65_HS1-834228961_62-HQ-83894_Section_4
Agency: FBI
Page 149
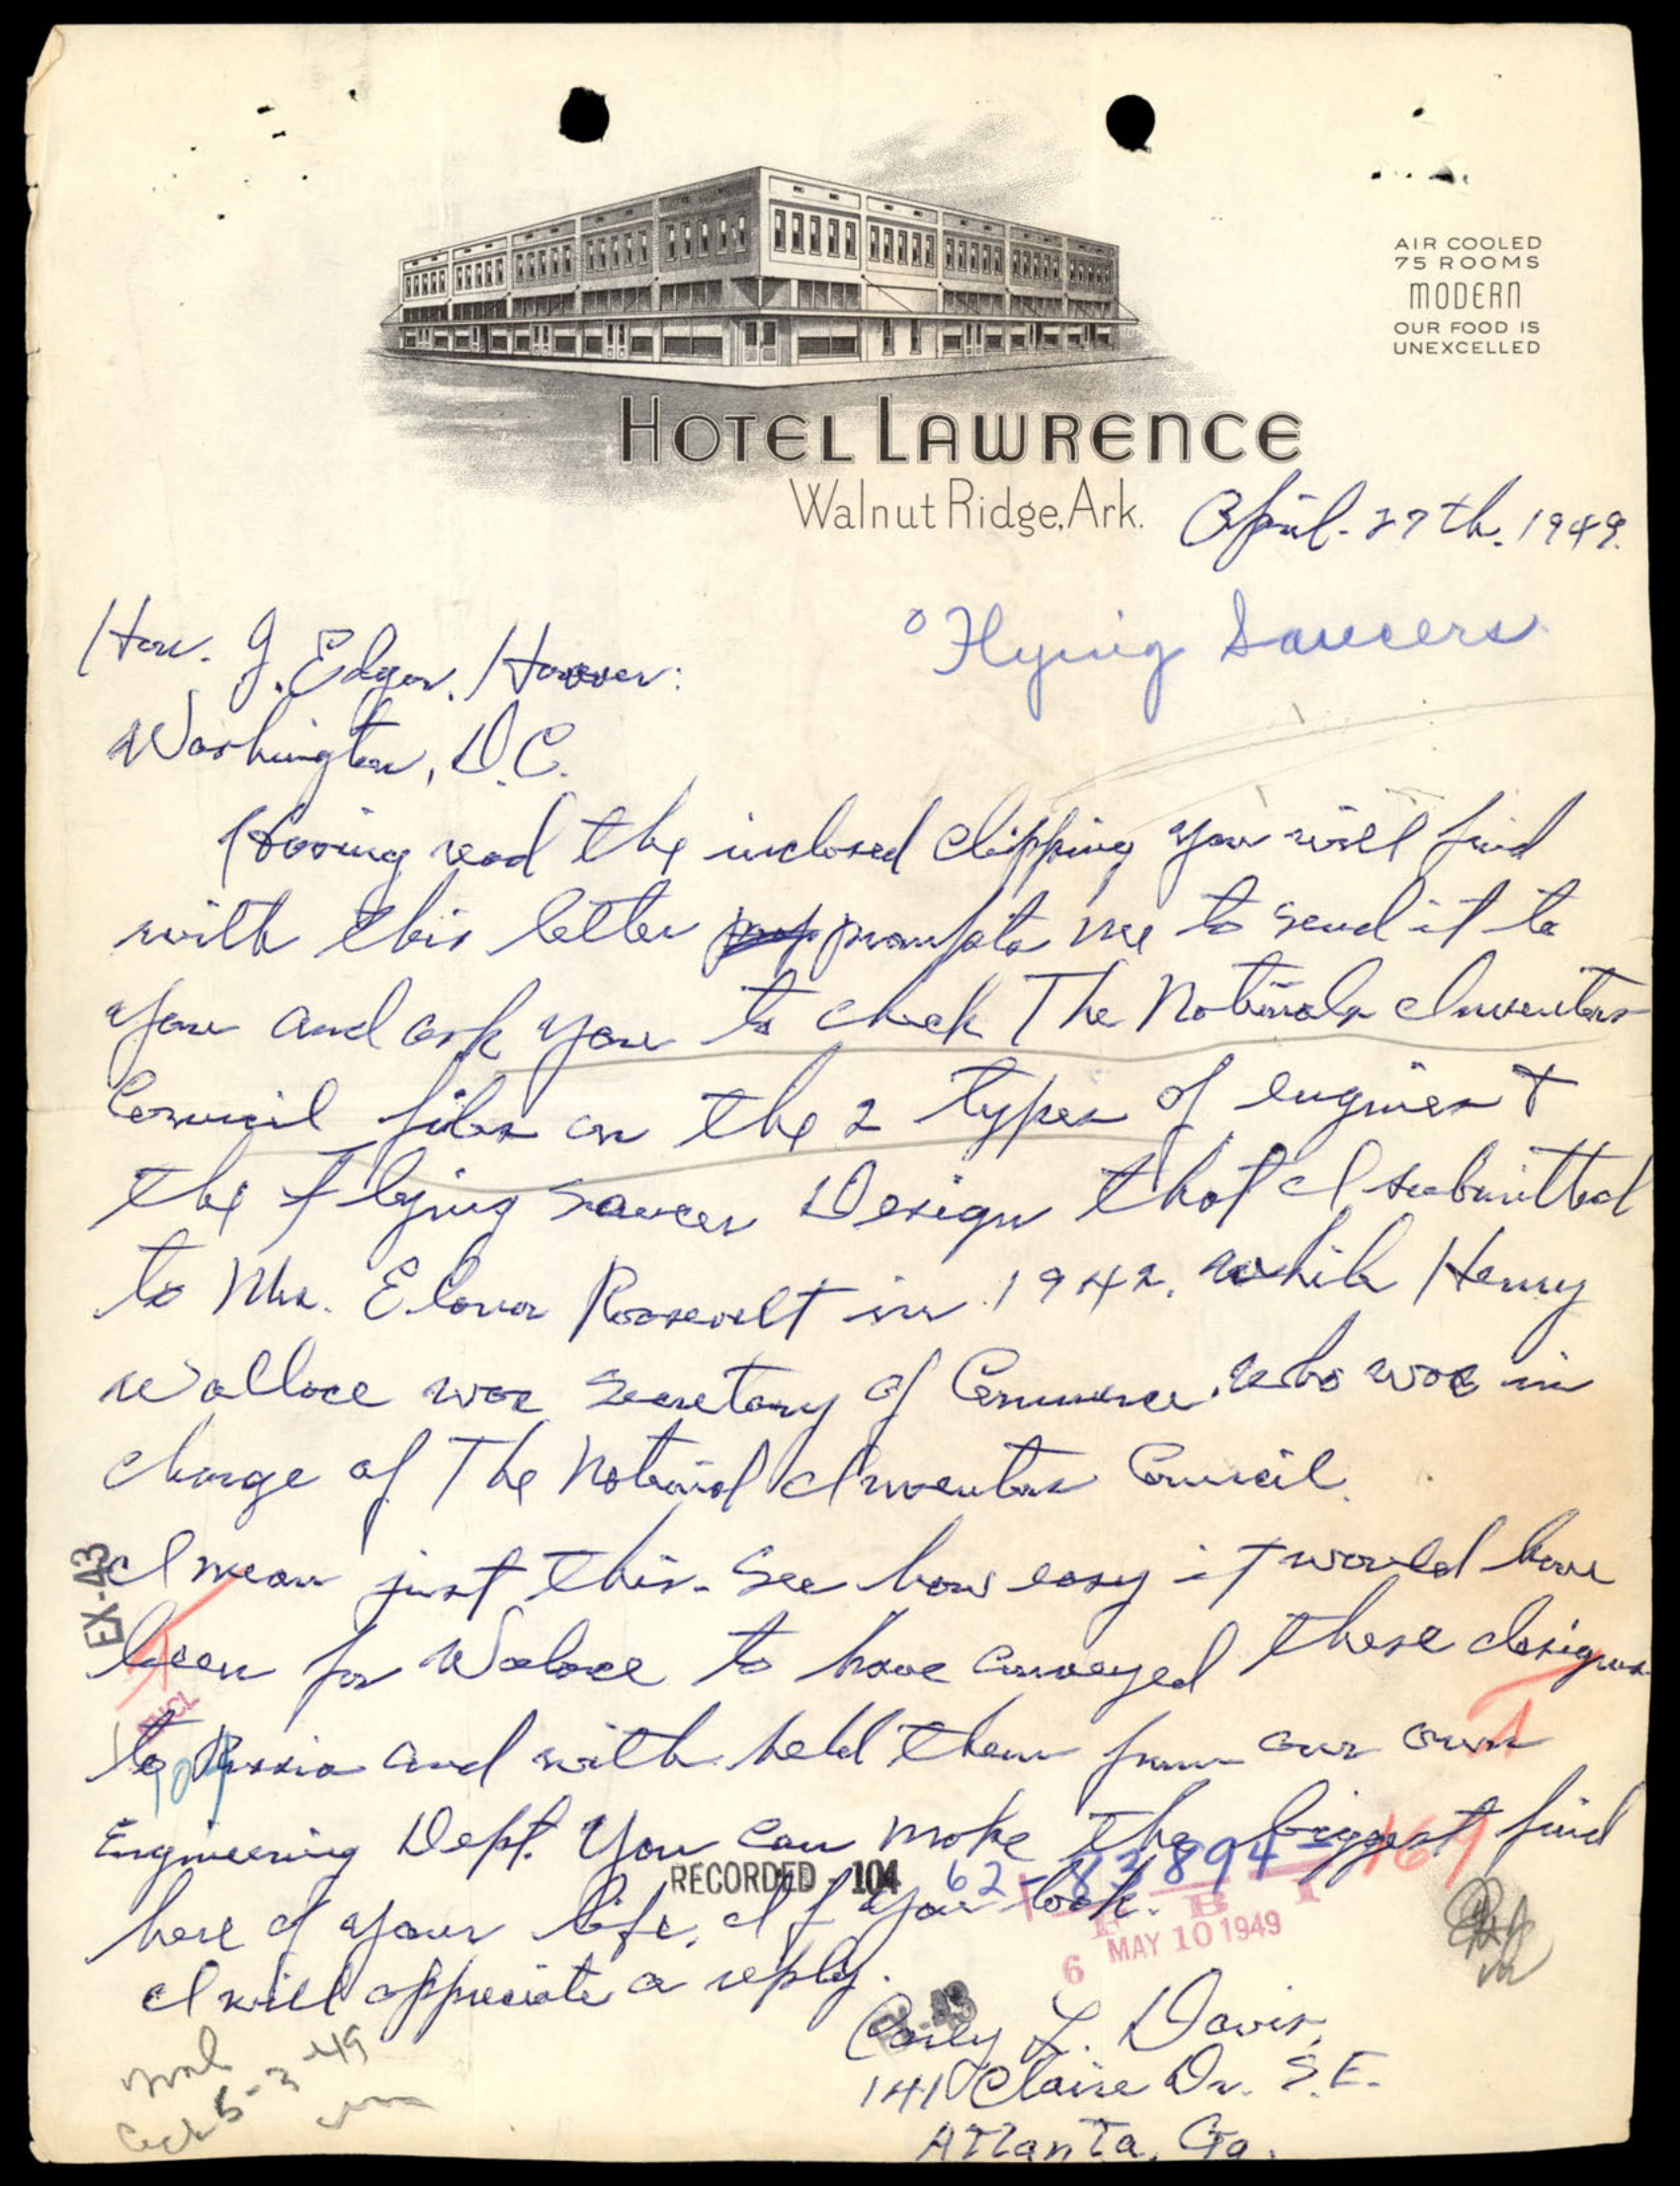